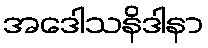
အဒေါသနိဒါနာ